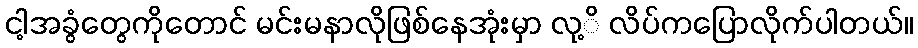
ငါ့အခွံတွေကိုတောင် မင်းမနာလိုဖြစ်နေအုံးမှာ လု့ိ လိပ်ကပြောလိုက်ပါတယ်။